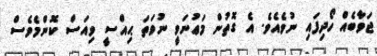
ޖަވާބެއް ހޯދިފައި ނުވެއެވެ. އެ ގޮތުން މަޢުނަވީ ނުވަތަ ޙިއްސީ ވިއަސް ކޮންމެވެސް